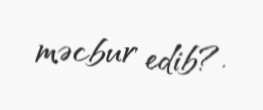
məcbur edib?.